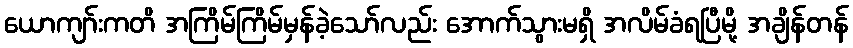
ယောကျာ်းကတိ အကြိမ်ကြိမ်မှန်ခဲ့သော်လည်း အောက်သွားမရှိ အလိမ်ခံရပြီမို့ အချိန်တန်